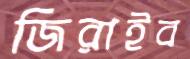
জিরাইব